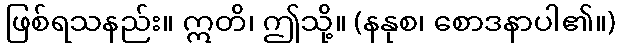
ဖြစ်ရသနည်း။ ဣတိ၊ ဤသို့။ (နနုစ၊ စောဒနာပါ၏။)